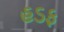
હડફ